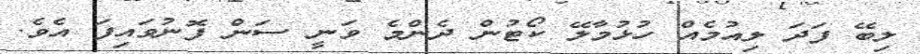
ލިބޭ ފަދަ ލިއުމެއް ހުޅުމާލޭ ކޯޓުން ދެންމެ ވަނީ ސަން ފޮނުވައިފަ އެވެ.